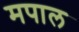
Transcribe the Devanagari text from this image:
मपाल